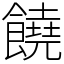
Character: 饒